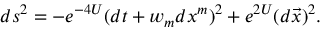
d s ^ { 2 } = - e ^ { - 4 U } ( d t + w _ { m } d x ^ { m } ) ^ { 2 } + e ^ { 2 U } ( d \vec { x } ) ^ { 2 } .